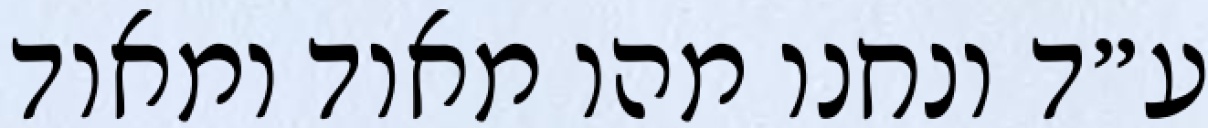
ע״ד ונחנו מהו מאוד ומאוד